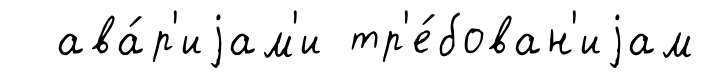
ава́р'иjам'и тр'е́бован'иjам